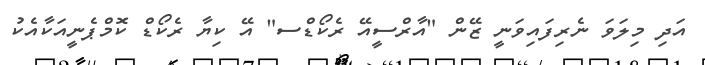
އަދި މިލަވަ ނެރިފައިވަނީ ޒޭން "އާރްސީއޭ ރެކޯޑްސ" އޭ ކިޔާ ރެކޯޑް ކޮމްޕެނީއަކާއެކު